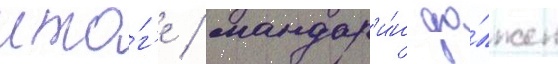
ито́г'е / мандар'и́н до́лжен